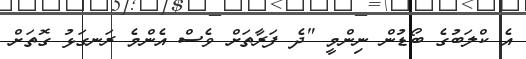
އެ ކްލަބުގެ ބޯޑުން ނިންމީ "ދެ ފަރާތަށް ވެސް އެންމެ ރަނގަޅު ގޮތަށް